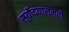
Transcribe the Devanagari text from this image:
सूर्योदयासमयी